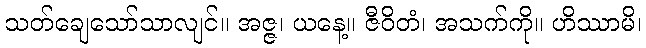
သတ်ချေသော်သာလျင်။ အဇ္ဇ၊ ယနေ့။ ဇီဝိတံ၊ အသက်ကို။ ဟိဿာမိ၊